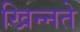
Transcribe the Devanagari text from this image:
खिन्नते